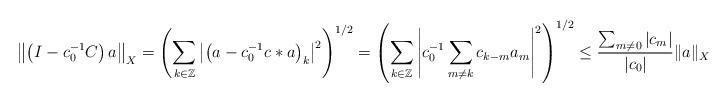
LaTeX: \begin{align*}\left\|\left(I-c_0^{-1}C\right)a\right\|_X=\left(\sum_{k\in\mathbb{Z}}\left|\left(a-c_0^{-1}c*a\right)_k\right|^2\right)^{1/2}=\left(\sum_{k\in\mathbb{Z}}\left|c_0^{-1}\sum_{m\neq k}c_{k-m}a_m\right|^2\right)^{1/2}\le\frac{\sum_{m\not=0}|c_m|}{|c_0|}\|a\|_X<\|a\|_X.\end{align*}